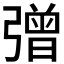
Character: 𢐞